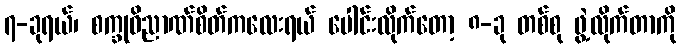
၇-ခုရယ်၊ စက္ခုဝိညာဏ်စိတ်ကလေးရယ် ပေါင်းလိုက်တော့ ၈-ခု တစ်စု ဖွဲ့လိုက်တာကို